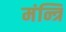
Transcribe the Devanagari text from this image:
मंन्त्रि